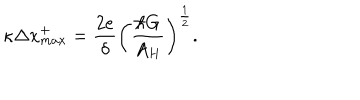
\kappa \Delta x _ { m a x } ^ { + } = { \frac { 2 e } { \delta } } \left( { \frac { \hbar G } { A _ { H } } } \right) ^ { \frac { 1 } { 2 } } .